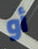
أو